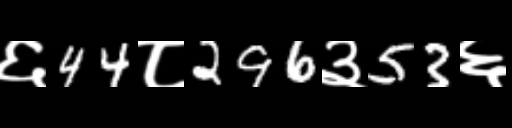
Text: ६44८296३53६